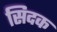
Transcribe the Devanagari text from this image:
सिदक